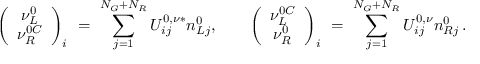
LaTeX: \left( \begin{array} { c } { { \nu _ { L } ^ { 0 } } } \\ { { \nu _ { R } ^ { 0 C } } } \end{array} \right) _ { i } \ = \ \sum _ { j = 1 } ^ { N _ { G } + N _ { R } } U _ { i j } ^ { 0 , \nu * } n _ { L j } ^ { 0 } , \qquad \left( \begin{array} { c } { { \nu _ { L } ^ { 0 C } } } \\ { { \nu _ { R } ^ { 0 } } } \end{array} \right) _ { i } \ = \ \sum _ { j = 1 } ^ { N _ { G } + N _ { R } } U _ { i j } ^ { 0 , \nu } n _ { R j } ^ { 0 } \, .